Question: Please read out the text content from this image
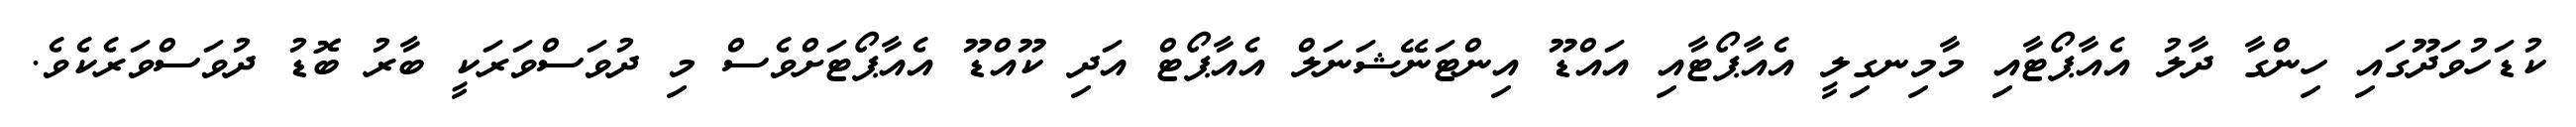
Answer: ކުޑަހުވަދޫގައި ހިންގާ ދާލު އެއާޕޯޓާއި މާމިނގިލީ އެއާޕޯޓާއި އައްޑޫ އިންޓަނޭޝަނަލް އެއާޕޯޓް އަދި ކޫއްޑޫ އެއާޕޯޓަށްވެސް މި ދުވަސްވަރަކީ ބާރު ބޮޑު ދުވަސްވަރެކެވެ.